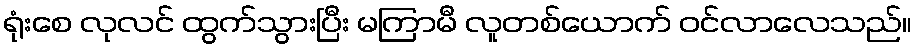
ရုံးစေ လုလင် ထွက်သွားပြီး မကြာမီ လူတစ်ယောက် ဝင်လာလေသည်။